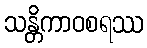
သန္တိကာဝစရဿ